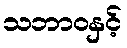
သဘာဝနှင့်